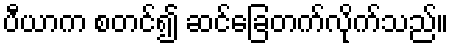
ပီယာက စတင်၍ ဆင်ခြေတက်လိုက်သည်။